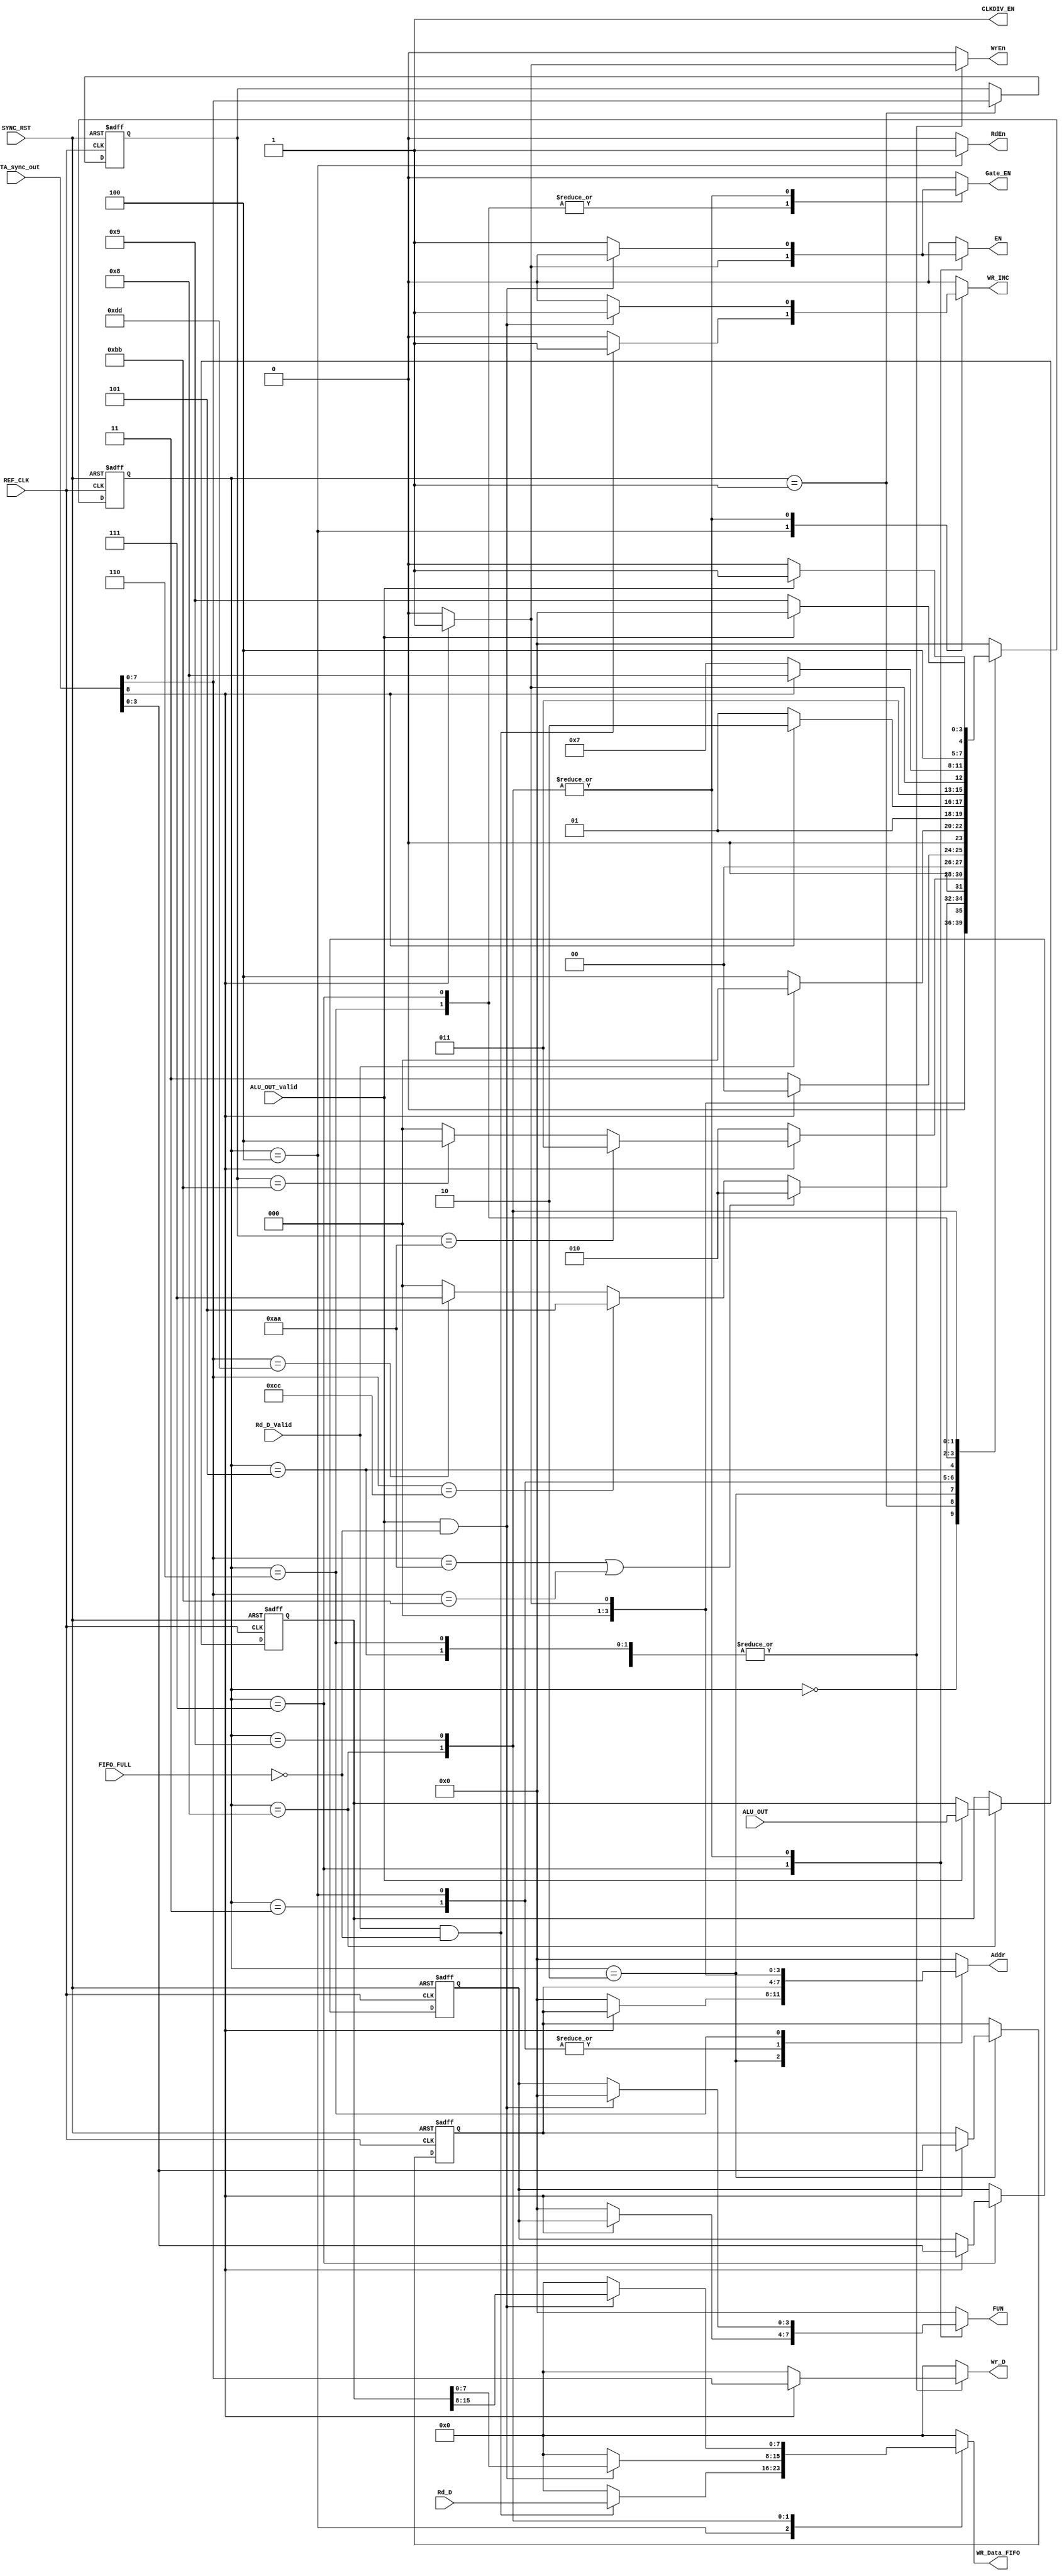
module SYS_CONTROL #(

    parameter BUS_WIDTH = 8 , Reg_Addr = 4 , ALU_FUN = 4 

) (

    input REF_CLK , SYNC_RST ,

    input [BUS_WIDTH : 0] DATA_sync_out , 

    input [BUS_WIDTH - 1 : 0] Rd_D ,

    input Rd_D_Valid ,

    input [BUS_WIDTH*2 - 1 : 0] ALU_OUT ,

    input ALU_OUT_valid ,

    input FIFO_FULL ,

    output reg WrEn , RdEn , WR_INC ,

    output reg [Reg_Addr-1 : 0] Addr ,

    output reg [BUS_WIDTH - 1 : 0] Wr_D , 

    output reg [BUS_WIDTH - 1 : 0] WR_Data_FIFO , 

    output reg Gate_EN , EN,CLKDIV_EN,

    output reg [ALU_FUN-1 : 0] FUN 

);



    reg [3:0] state_reg , state_next ;
    reg [ALU_FUN-1 : 0] FUN_reg , FUN_next ;

    reg [BUS_WIDTH-1 : 0] Operation, Operation_next ;
    reg [Reg_Addr-1 : 0] Addr_reg , Addr_next;

    reg [BUS_WIDTH*2 - 1 : 0] ALU_reg, ALU_next ;

    localparam  Reg_write =  8'hAA ,

                Reg_read  =  8'hBB ,

                ALU_W_OP  =  8'hCC ,

                ALU_N_OP  =  8'hDD ;

    

    localparam  IDLE       = 0 ,

                DECODE     = 1 ,

                ADDRESS     = 2 ,  

                WRITE      = 3 ,

                READ       = 4 ,

                ALU_OP_A   = 5 ,

                ALU_OP_B   = 6 ,

                ALU_fun    = 7 ,

                ALU_OUT_1  = 8 ,

                ALU_OUT_2  = 9 ;





    always @(posedge REF_CLK or negedge SYNC_RST) begin

        if(~SYNC_RST) begin
            FUN_reg <= 0 ;
            state_reg <= 0 ;
            ALU_reg<=0 ;
            Addr_reg<= 0 ;
            Operation <= 0;

        end

        else begin
            FUN_reg <= FUN_next ;
            state_reg <= state_next ;
            Operation <= Operation_next;
            ALU_reg<=ALU_next ;
            Addr_reg<= Addr_next ;

        end

    end



    always @(*) begin

        state_next = state_reg ;

        Operation_next = Operation ;

        ALU_next = ALU_reg;
	    Addr_next = Addr_reg ; 
	    FUN_next = FUN_reg;

        case (state_reg)

        IDLE : begin

            if(DATA_sync_out[BUS_WIDTH]) begin

                state_next = DECODE ;

            end

            else begin

                state_next = IDLE ;

            end

        end



        DECODE : begin

            Operation_next = DATA_sync_out[BUS_WIDTH-1:0] ;

            if((DATA_sync_out[BUS_WIDTH-1:0] == Reg_write)|| (DATA_sync_out[BUS_WIDTH-1:0] == Reg_read)) begin

                state_next = ADDRESS ;

            end

            else if(DATA_sync_out[BUS_WIDTH-1:0] == ALU_W_OP) begin

                state_next = ALU_OP_A ;

            end

            else if(DATA_sync_out[BUS_WIDTH-1:0] == ALU_N_OP) begin

                state_next = ALU_fun ;

            end

            else  begin

                state_next = IDLE ;

            end

        end



        ADDRESS : begin

            if(DATA_sync_out[BUS_WIDTH]) begin
                Addr_next = DATA_sync_out[Reg_Addr-1 : 0] ;

                if((Operation == Reg_write))begin

                    state_next = WRITE ;

                end

                else if(Operation == Reg_read) begin

                    state_next = READ ;

                end

                else  begin

                    state_next = IDLE ;

                end

                end

            else begin

                state_next = ADDRESS ;

            end

        end

        WRITE : begin

            if(DATA_sync_out[BUS_WIDTH]) begin

                state_next =  IDLE;

            end

            else begin

                state_next = WRITE ;

            end

        end

    

        READ : begin

            if(Rd_D_Valid) begin

                state_next = IDLE ;

            end

            else begin

                state_next = READ ;

            end

        end

        ALU_OP_A : begin

            if(DATA_sync_out[BUS_WIDTH]) begin

                state_next = ALU_OP_B ;

            end

            else begin

                state_next = ALU_OP_A ;

            end

        end

        ALU_OP_B : begin

            if(DATA_sync_out[BUS_WIDTH]) begin

                state_next = ALU_fun ;

            end

            else begin

                state_next = ALU_OP_B ;

            end

        end

        ALU_fun : begin

            if(DATA_sync_out[BUS_WIDTH]) begin

                state_next = ALU_OUT_1 ;
                FUN_next = DATA_sync_out[ALU_FUN-1 : 0] ;

            end

            else begin

                state_next = ALU_fun ;

            end

        end

        ALU_OUT_1 : begin

            if(ALU_OUT_valid) begin

                ALU_next = ALU_OUT ;

                state_next = ALU_OUT_2 ;

            end

            else begin

                state_next = ALU_OUT_1 ;

            end

        end

        ALU_OUT_2 : begin

            if(ALU_OUT_valid) begin

                state_next = IDLE ;

            end

            else begin

                state_next = ALU_OUT_2 ;

            end

        end

        default : state_next = IDLE ;

        endcase

    end



    always @(*) begin

        case (state_reg)

        IDLE , DECODE : begin

            WrEn  = 0 ; RdEn = 0 ; WR_INC = 0 ;

            Addr = 0 ;  Wr_D = 0 ; WR_Data_FIFO = 0 ;

            Gate_EN = 0; EN = 0 ; FUN = 0 ; CLKDIV_EN= 1;

        end

        ADDRESS : begin

            if(DATA_sync_out[BUS_WIDTH]) begin

                WrEn  = 0 ; RdEn = 0 ; WR_INC = 0 ;

                Addr = Addr_reg ;  Wr_D = 0 ; WR_Data_FIFO = 0 ;

                Gate_EN = 0; EN = 0 ; FUN = 0 ; CLKDIV_EN= 1;

                end

            else begin

                WrEn  = 0 ; RdEn = 0 ; WR_INC = 0 ;

                Addr = 0 ;  Wr_D = 0 ; WR_Data_FIFO = 0 ;

                Gate_EN = 0; EN = 0 ; FUN = 0 ; CLKDIV_EN= 1;

             end

        end

        WRITE : begin

            

        if(DATA_sync_out[BUS_WIDTH]) begin

            WrEn  = 1 ; RdEn = 0 ; WR_INC = 0 ;

            Addr = Addr_reg ;  Wr_D = DATA_sync_out[BUS_WIDTH-1:0] ; WR_Data_FIFO = 0 ;

            Gate_EN = 0; EN = 0 ; FUN = 0 ; CLKDIV_EN= 1;

            end

        else begin

            WrEn  = 0 ; RdEn = 0 ; WR_INC = 0 ;

            Addr = Addr_reg ;  Wr_D = 0 ; WR_Data_FIFO = 0 ;

            Gate_EN = 0; EN = 0 ; FUN = 0 ; CLKDIV_EN= 1;

         end

        end

        

        READ : begin

        if(Rd_D_Valid && !FIFO_FULL) begin

            WrEn  = 0 ; RdEn = 1 ; WR_INC = 1 ;

            Addr = Addr_reg ;  Wr_D = 0 ; WR_Data_FIFO = Rd_D ;

            Gate_EN = 0; EN = 0 ; FUN = 0 ; CLKDIV_EN= 1;

            end

        else begin

            WrEn  = 0 ; RdEn = 1 ; WR_INC = 0 ;

            Addr = Addr_reg ;  Wr_D = 0 ; WR_Data_FIFO = 0 ;

            Gate_EN = 0; EN = 0 ; FUN = 0 ; CLKDIV_EN= 1;

         end

        end

        ALU_OP_A : begin

            if(DATA_sync_out[BUS_WIDTH]) begin

                WrEn  = 1 ; RdEn = 0 ; WR_INC = 0 ;

                Addr = 0 ;  Wr_D = DATA_sync_out[BUS_WIDTH-1:0] ; WR_Data_FIFO = 0 ;

                Gate_EN = 0; EN = 0 ; FUN = 0 ; CLKDIV_EN= 1;

                end

            else begin

                WrEn  = 0 ; RdEn = 0 ; WR_INC = 0 ;

                Addr = 0 ;  Wr_D = 0 ; WR_Data_FIFO = 0 ;

                Gate_EN = 0; EN = 0 ; FUN = 0 ; CLKDIV_EN= 1;

             end

         end

        ALU_OP_B : begin

            if(DATA_sync_out[BUS_WIDTH]) begin

                WrEn  = 1 ; RdEn = 0 ; WR_INC = 0 ;

                Addr = 1 ;  Wr_D = DATA_sync_out[BUS_WIDTH-1:0] ; WR_Data_FIFO = 0 ;

                Gate_EN = 1; EN = 0 ; FUN = 0 ; CLKDIV_EN= 1;

                end

            else begin

                WrEn  = 0 ; RdEn = 0 ; WR_INC = 0 ;

                Addr = 0 ;  Wr_D = 0 ; WR_Data_FIFO = 0 ;

                Gate_EN = 0; EN = 0 ; FUN = 0 ; CLKDIV_EN= 1;

             end

         end

        ALU_fun : begin

            if(DATA_sync_out[BUS_WIDTH]) begin

                WrEn  = 0 ; RdEn = 0 ; WR_INC = 0 ;

                Addr = 0 ;  Wr_D = 0 ; WR_Data_FIFO = 0 ; CLKDIV_EN= 1;

                Gate_EN = 1; EN = 1 ; FUN = FUN_reg ;

                end

            else begin

                WrEn  = 0 ; RdEn = 0 ; WR_INC = 0 ;

                Addr = 0 ;  Wr_D = 0 ; WR_Data_FIFO = 0 ;

                Gate_EN = 0; EN = 0 ; FUN = 0 ; CLKDIV_EN= 1;

             end

        end

        ALU_OUT_1 : begin

            if(ALU_OUT_valid && !FIFO_FULL) begin

                WrEn  = 0 ; RdEn = 0 ; WR_INC = 1;

                Addr = 0 ;  Wr_D = 0 ; WR_Data_FIFO = ALU_reg [BUS_WIDTH - 1: 0];

                Gate_EN = 0; EN = 0 ; FUN = 0 ; CLKDIV_EN= 1;

                end

            else begin

                WrEn  = 0 ; RdEn = 0 ; WR_INC = 0 ;

                Addr = 0 ;  Wr_D = 0 ; WR_Data_FIFO = 0 ;

                Gate_EN = 1; EN = 1 ; FUN = FUN_reg ; CLKDIV_EN= 1;

             end

        end

        ALU_OUT_2 : begin

            if(ALU_OUT_valid && !FIFO_FULL) begin

                WrEn  = 0 ; RdEn = 0 ; WR_INC = 1; CLKDIV_EN= 1;

                Addr = 0 ;  Wr_D = 0 ; WR_Data_FIFO = ALU_reg [2*BUS_WIDTH - 1: BUS_WIDTH];

                Gate_EN = 0; EN = 0 ; FUN = 0 ;

                end

            else begin

                WrEn  = 0 ; RdEn = 0 ; WR_INC = 0 ;

                Addr = 0 ;  Wr_D = 0 ; WR_Data_FIFO = 0 ;

                Gate_EN = 1; EN = 1 ; FUN = FUN_reg ; CLKDIV_EN= 1;

             end

        end

        default : begin

            WrEn  = 0 ; RdEn = 0 ; WR_INC = 0 ;

            Addr = 0 ;  Wr_D = 0 ; WR_Data_FIFO = 0 ;

            Gate_EN = 0; EN = 0 ; FUN = 0 ; CLKDIV_EN= 1;

        end

        endcase

    end

    

endmodule